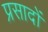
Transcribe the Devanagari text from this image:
प्रसादों